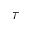
\tau